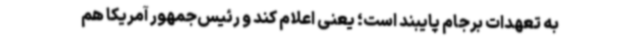
به تعهدات برجام پایبند است؛ یعنی اعلام کند و رئیس‌جمهور آمریکا هم